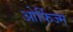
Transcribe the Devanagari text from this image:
ओर्फिज्म